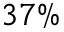
3 7 \%